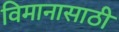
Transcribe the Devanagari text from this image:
विमानासाठी